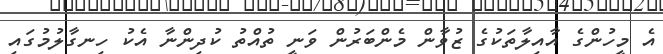
އެ މީހުންގެ އާއިލާތަކުގެ ޒުވާން މެންބަރުން ވަނީ ތުއްތު ކުދިންނާ އެކު ހިނގާލުމުގައި